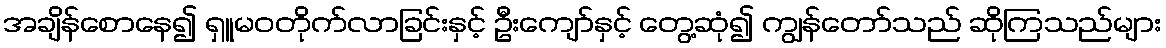
အချိန်စောနေ၍ ရှူမဝတိုက်လာခြင်းနှင့် ဦးကျော်နှင့် တွေ့ဆုံ၍ ကျွန်တော်သည် ဆိုကြသည်များ